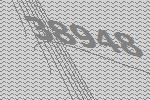
38948